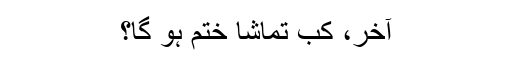
آخر، کب تماشا ختم ہو گا؟